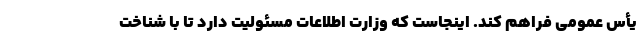
یأس عمومی فراهم کند. اینجاست که وزارت اطلاعات مسئولیت دارد تا با شناخت